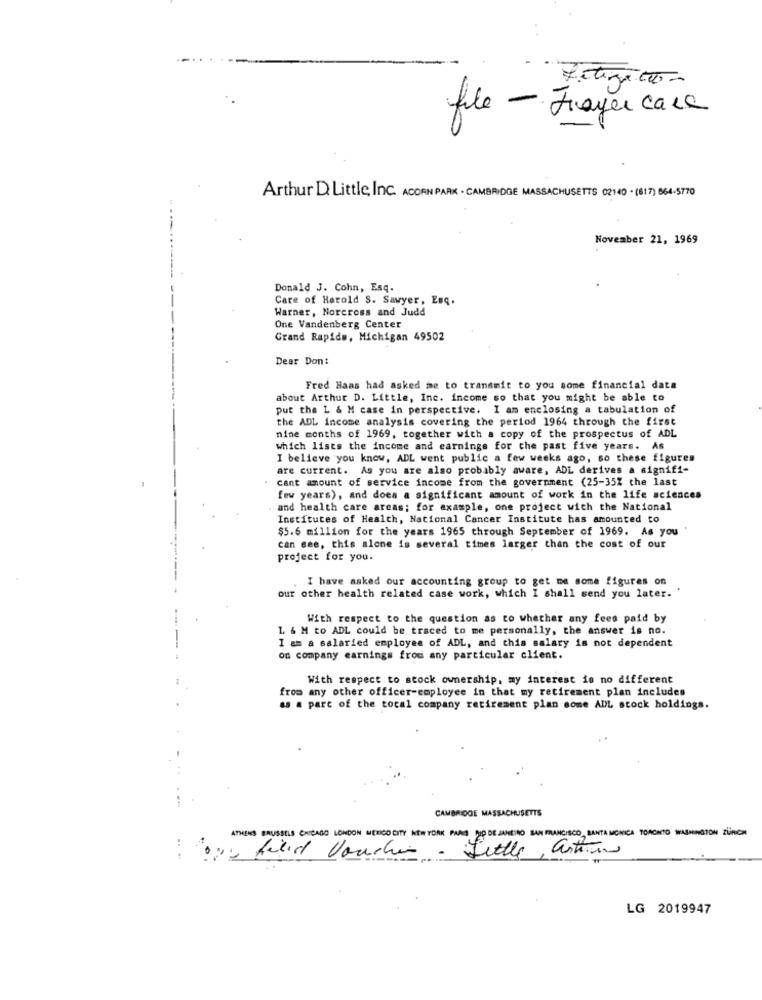
Fetegitto-
file - Frayer casa
Arthur D. Little, Inc. ACORN PARK . CAMBRIDGE MASSACHUSETTS 02140 · (817) 864-5770
November 21, 1969
--------
Donald J. Cohn, Esq.
Care of Harold S. Sawyer, Enc.
Warner, Norcross and Judd
One Vandenberg Center
Grand Rapids, Michigan 49502
Dear Don:
Fred Haas had asked me to transmit to you some financial data
about Arthur D. Little, Inc. income so that you might be able to
put the L & M case in perspective. I am enclosing a tabulation of
the ADL income analysis covering the period 1964 through the first
nine months of 1969, together with a copy of the prospectus of ADL
which lists the income and earnings for the past five years. As
I believe you know, ADL went public a few weeks ago, so these figures
are current. As you are also probably aware, ADL derives a signifi-
. cant amount of service income from the government (25-352 the last
few years), and does a significant amount of work in the life sciences
and health care areas; for example, one project with the National
Institutes of Health, National Cancer Institute has amounted to
$5.6 million for the years 1965 through September of 1969. As you
can see, this alone is several times larger than the cost of our
project for you.
I have asked our accounting group to get me some figures on
our other health related case work, which I shall send you later.
With respect to the question as to whether any fees paid by
L & M to ADL could be traced to me personally, the answer is no.
I am a salaried employee of ADL, and this salary is not dependent
on company earnings from any particular client.
With respect to stock ownership, my interest is no different
from any other officer-employee in that my retirement plan includes
as a part of the total company retirement plan some ADL stock holdings.
CAMBRIDGE MASSACHUSETTS
ATHENS BRUSSELS CHICAGO LONDON MEXICOCITY NEW YORK PARA RIO DE JANEIRO SAN FRANCISCO, SANTA MONICA TORONTO WASHINGTON ZÜRICH
.. ..
ope find Voucher.
Little, artion
LG 2019947